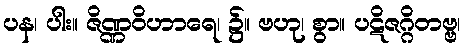
ပန၊ ပါး။ ဇိဏ္ဏဝိဟာရေ၊ ၌။ ဗဟု၊ စွာ။ ပဋိဇဂ္ဂိတဗ္ဗ၊